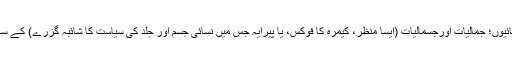
سنجیدہ ادب ہو یا پاپلور، اپنی تمام تر رعنائیوں؛ جمالیات اورجسمالیات (ایسا منظر، کیمرہ کا فوکس، یا پیرایہ جس میں نسائی جسم اور جِلد کی سیاست کا شائبہ گزرے) کے ساتھ، اسی فکشنل سپیس میں تخلیق ہوتا ہے۔